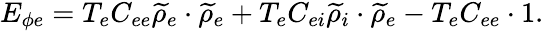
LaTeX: E_{\phi e}=T_{e}C_{ee}{\widetilde\rho}_{e}\cdot{\widetilde\rho}_{e}+T_{e}C_{ei}{\widetilde\rho}_{i}\cdot{\widetilde\rho}_{e}-T_{e}C_{ee}\cdot 1.